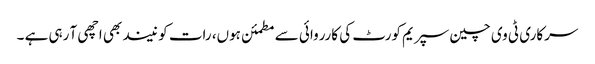
سرکاری ٹی وی چین سپریم کورٹ کی کارروائی سے مطمئن ہوں، رات کو نیند بھی اچھی آ رہی ہے ۔